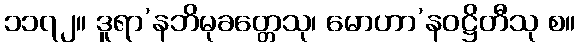
၁၁၇၂။ ဒူရာ’နဘိမုခတ္တေသု၊ မောဟာ’နဝဋ္ဌိတီသု စ။